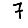
Digit: 7